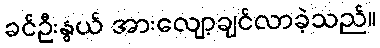
ခင်ဦးနွယ် အားလျော့ချင်လာခဲ့သည်။